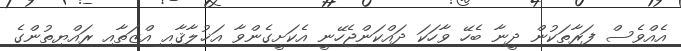
އެއްވެސް ފަރާތަކުން ދީނާ ބެހޭ ވާހަކަ ދައްކަންޖެހޭނީ އެކަށީގެންވާ އަޚުލާޤާއި ިއްޒަތާއި ރައްޔިތުންގެ